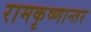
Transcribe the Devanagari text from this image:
रामकृष्णान्तर